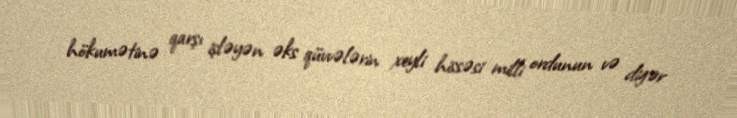
hökumətinə qarşı işləyən əks qüvvələrin xeyli hissəsi milli ordunun və digər